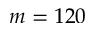
m = 1 2 0